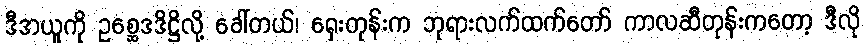
ဒီအယူကို ဥစ္ဆေဒဒိဋ္ဌိလို့ ခေါ်တယ်၊ ရှေးတုန်းက ဘုရားလက်ထက်တော် ကာလဆီတုန်းကတော့ ဒီလို